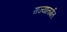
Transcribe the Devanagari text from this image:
राज्यातर्गत